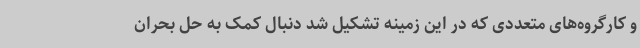
و کارگروه‌های متعددی که در این زمینه تشکیل شد دنبال کمک به حل بحران